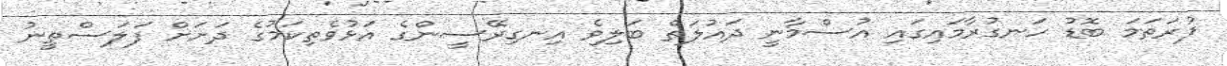
ފުރަތަމަ ބޮޑު ހަނގުރާމައިގައި އުސްމާނީ ދައުލަތް ބަލިވެ އިނގިރޭސީންގެ އަޅުވެތިކަމުގެ ދަށަށް ފަލަސްތީނު